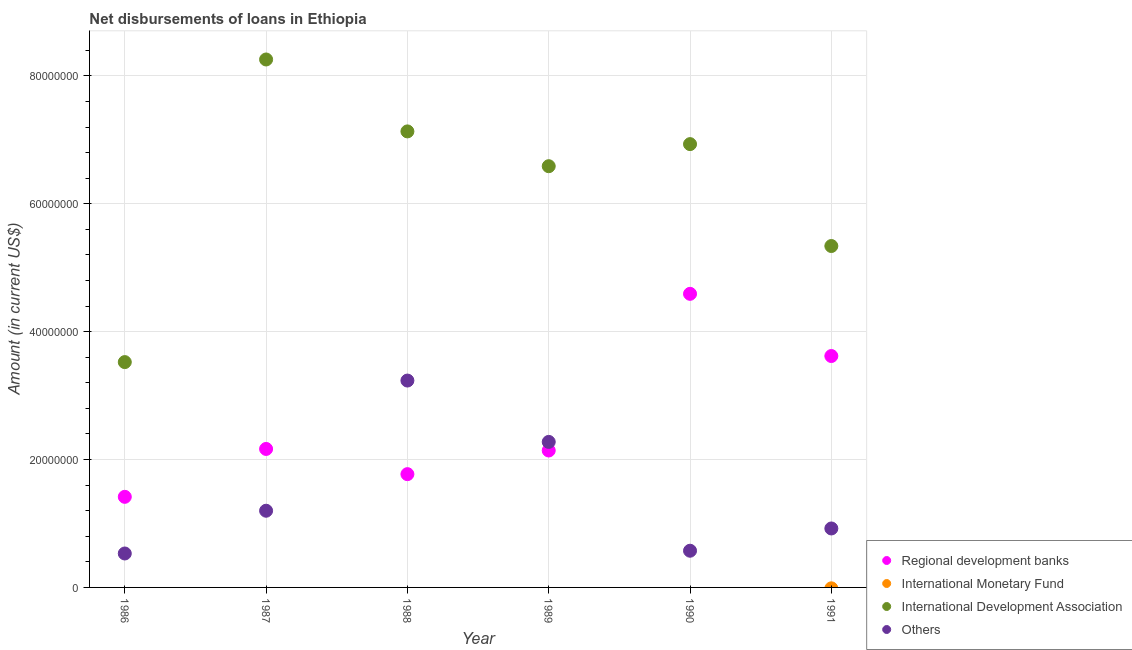
| Year | Regional development banks | International Monetary Fund | International Development Association | Others |
 | --- | --- | --- | --- | --- |
 | 1986 | 1.42e+07 | -6.17e+06 | 3.52e+07 | 5.31e+06 |
 | 1987 | 2.17e+07 | -6.88e+06 | 8.26e+07 | 1.2e+07 |
 | 1988 | 1.77e+07 | -7.06e+06 | 7.13e+07 | 3.24e+07 |
 | 1989 | 2.14e+07 | -3.86e+06 | 6.59e+07 | 2.28e+07 |
 | 1990 | 4.59e+07 | -1.12e+06 | 6.93e+07 | 5.74e+06 |
 | 1991 | 3.62e+07 | -1.4e+05 | 5.34e+07 | 9.22e+06 |